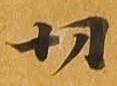
切